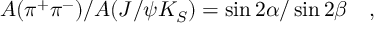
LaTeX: A ( \pi ^ { + } \pi ^ { - } ) / A ( J / \psi K _ { S } ) = \sin 2 \alpha / \sin 2 \beta ~ ~ ~ ,